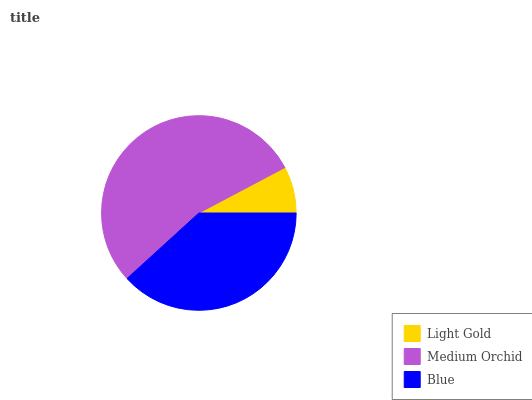
| Light Gold | Medium Orchid | Blue |
 | --- | --- | --- |
 | 7.74% | 54% | 38.2% |